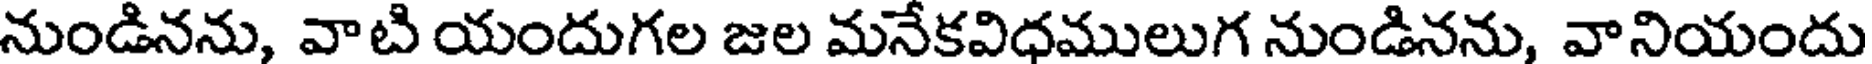
నుండినను, వాటి యందుగల జల మనేకవిధములుగ నుండినను, వానియందు